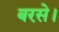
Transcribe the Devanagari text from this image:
बरसे।